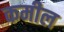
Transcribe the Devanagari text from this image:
कमील